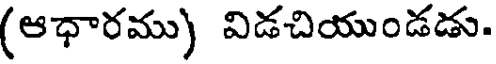
(ఆధారము) విడచియుండడు.